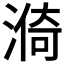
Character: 𣺈